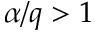
\alpha / q > 1